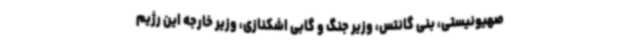
صهیونیستی، بنی گانتس، وزیر جنگ و گابی اشکنازی، وزیر خارجه این رژیم